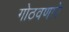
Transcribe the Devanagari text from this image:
गोठवणारे